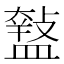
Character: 𥂱